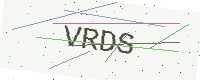
Text: VRDS